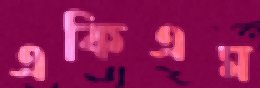
একিএম